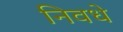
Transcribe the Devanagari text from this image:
निवधे